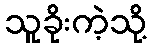
သူခိုးကဲ့သို့